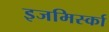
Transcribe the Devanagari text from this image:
इजमिर्स्का